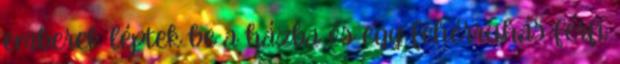
emberek léptek be a házba és egy fehérruhás férfi